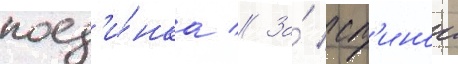
поед'и́нка // За́ сп'инои